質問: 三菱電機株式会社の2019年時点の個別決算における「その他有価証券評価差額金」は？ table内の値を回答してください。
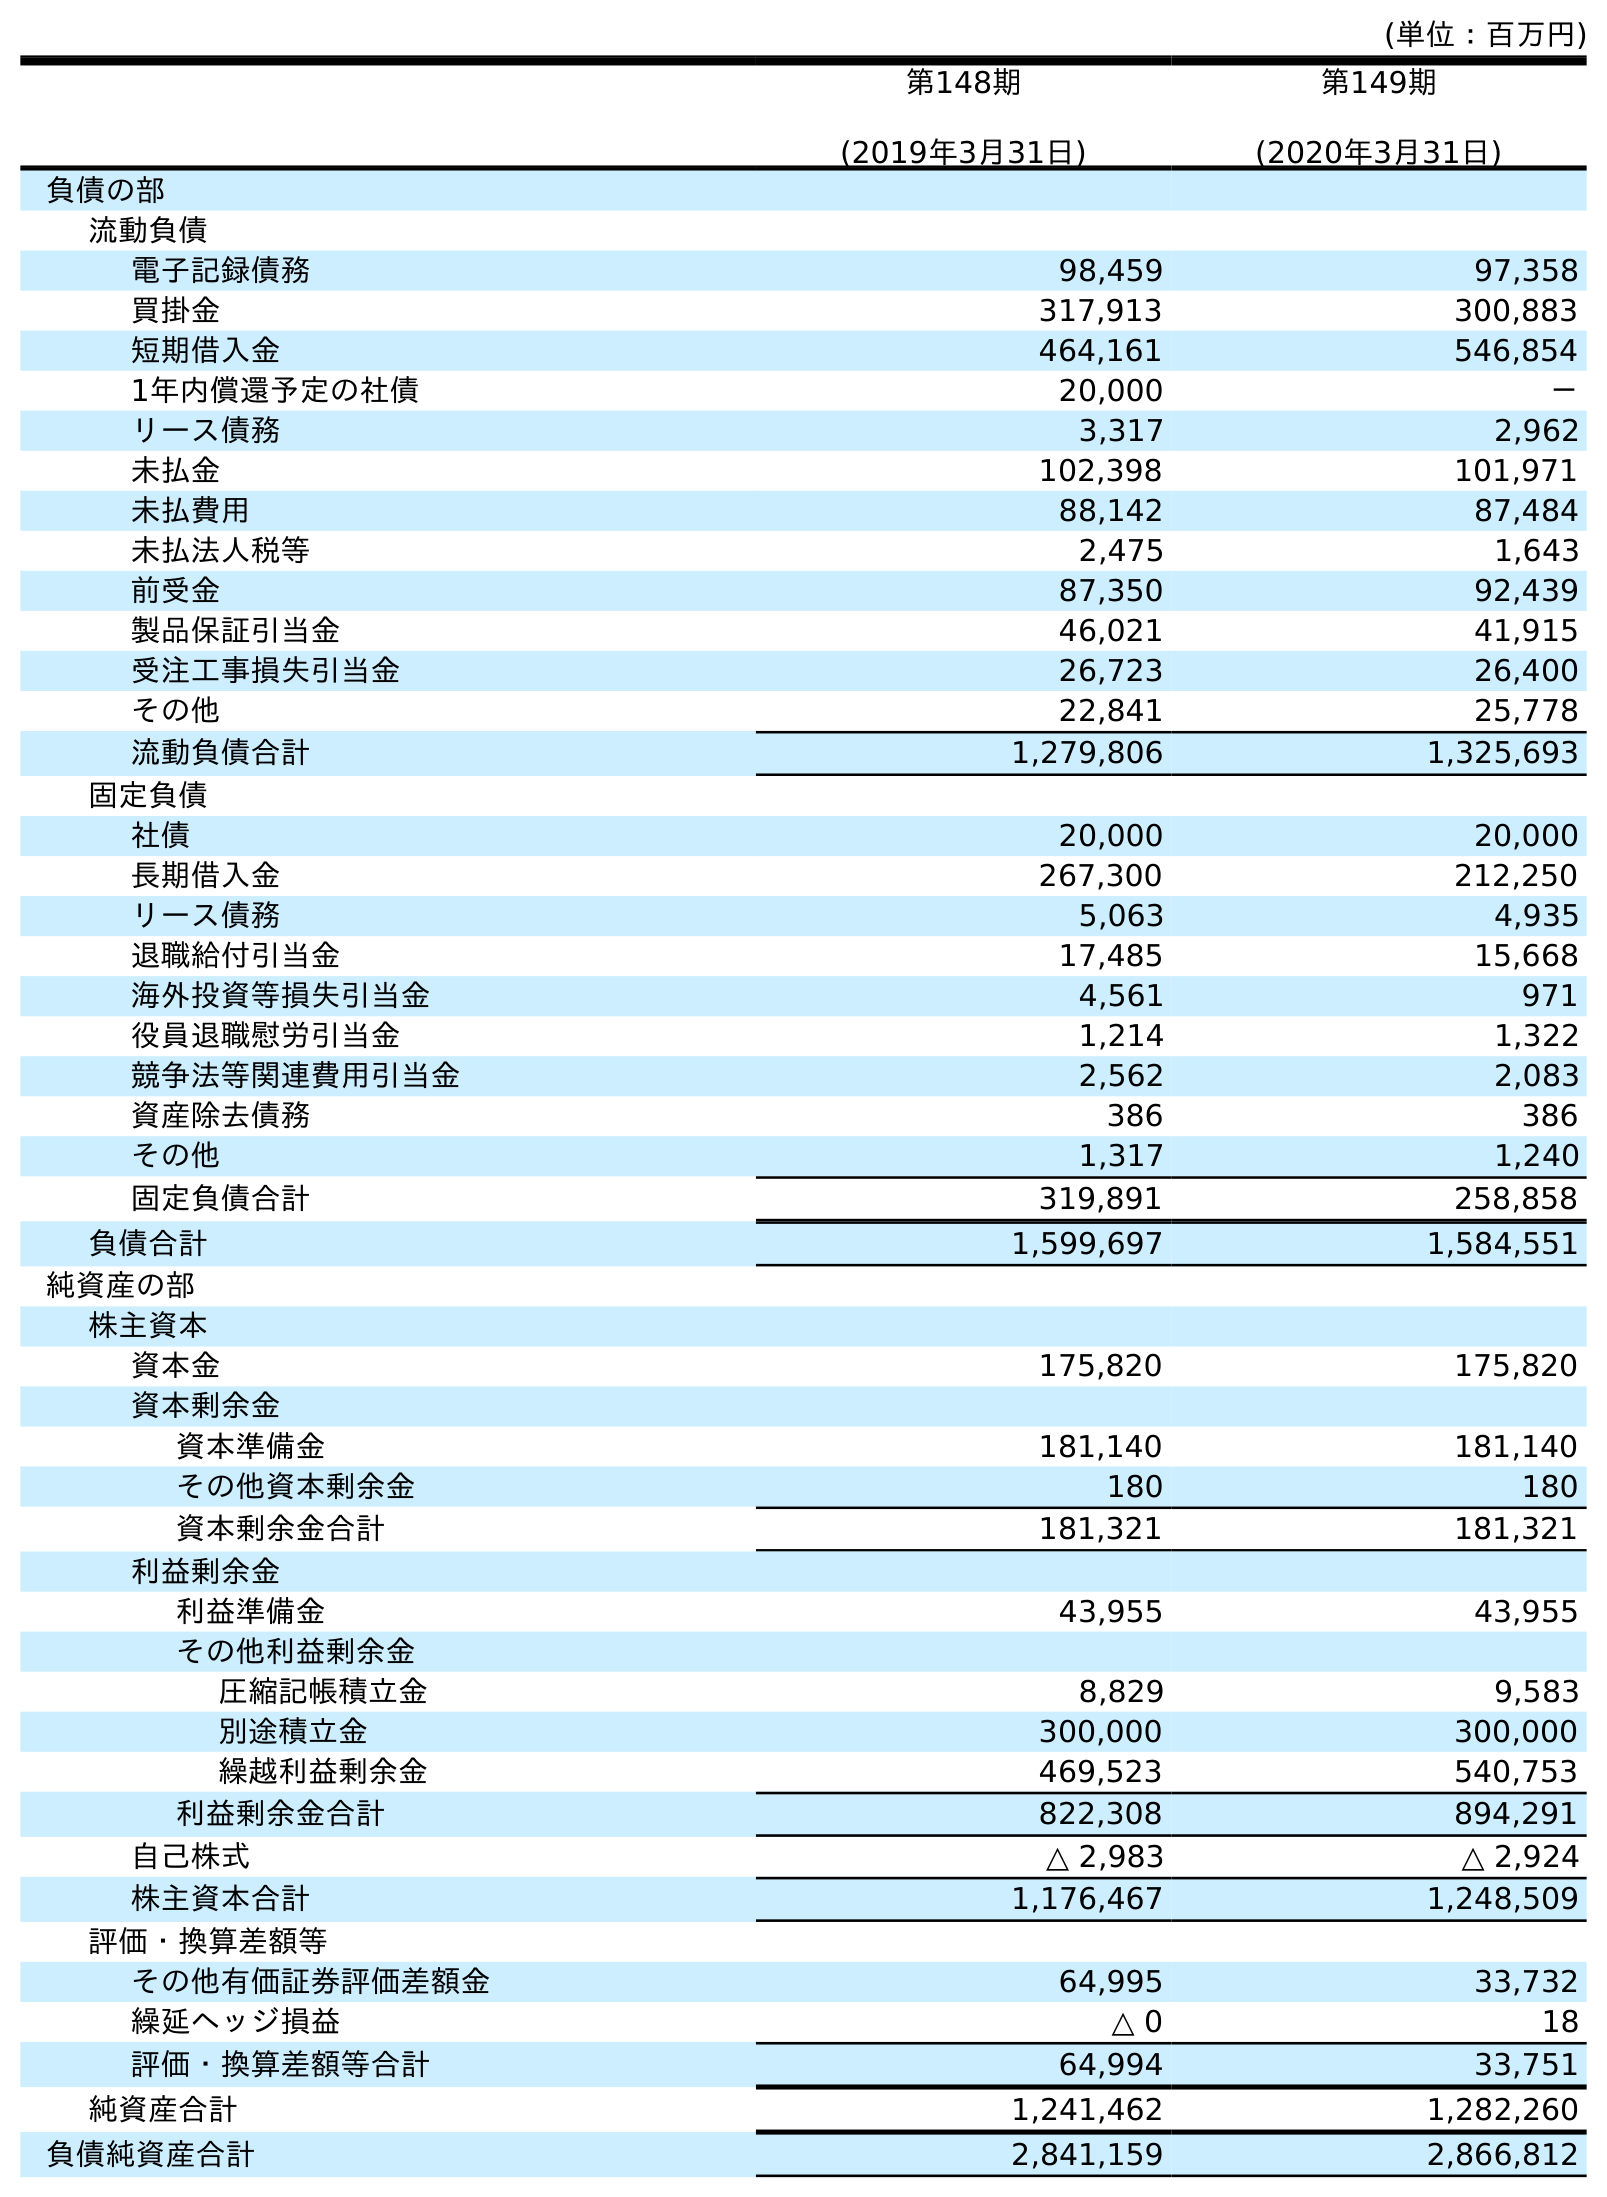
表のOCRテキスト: (単位：百万円) 第148期 (2019年3月31日) 第149期 (2020年3月31日) 負債の部 流動負債 電子記録債務 98,459 97,358 買掛金 317,913 300,883 短期借入金 464,161 546,854 1年内償還予定の社債 20,000 － リース債務 3,317 2,962 未払金 102,398 101,971 未払費用 88,142 87,484 未払法人税等 2,475 1,643 前受金 87,350 92,439 製品保証引当金 46,021 41,915 受注工事損失引当金 26,723 26,400 その他 22,841 25,778 流動負債合計 1,279,806 1,325,693 固定負債 社債 20,000 20,000 長期借入金 267,300 212,250 リース債務 5,063 4,935 退職給付引当金 17,485 15,668 海外投資等損失引当金 4,561 971 役員退職慰労引当金 1,214 1,322 競争法等関連費用引当金 2,562 2,083 資産除去債務 386 386 その他 1,317 1,240 固定負債合計 319,891 258,858 負債合計 1,599,697 1,584,551 純資産の部 株主資本 資本金 175,820 175,820 資本剰余金 資本準備金 181,140 181,140 その他資本剰余金 180 180 資本剰余金合計 181,321 181,321 利益剰余金 利益準備金 43,955 43,955 その他利益剰余金 圧縮記帳積立金 8,829 9,583 別途積立金 300,000 300,000 繰越利益剰余金 469,523 540,753 利益剰余金合計 822,308 894,291 自己株式 △ 2,983 △ 2,924 株主資本合計 1,176,467 1,248,509 評価・換算差額等 その他有価証券評価差額金 64,995 33,732 繰延ヘッジ損益 △ 0 18 評価・換算差額等合計 64,994 33,751 純資産合計 1,241,462 1,282,260 負債純資産合計 2,841,159 2,866,812
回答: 64,995